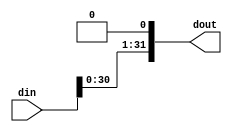
module lshift
    #(
        parameter WIDTH = 32,
        parameter SHAMT = 1
    )
    // non-parameters
    (
        output[WIDTH-1:0] dout,
        input[WIDTH-1:0] din
    );
    
    // concatenates SHAMT constant binary 0s together
    assign dout[SHAMT - 1:0] = {SHAMT{1'b0}};
    // wires up rest of circuit!
    assign dout[WIDTH - 1: SHAMT] = din[WIDTH- 1 - SHAMT:0];
endmodule

module rshift
    #(
        parameter WIDTH = 32,
        parameter SHAMT = 1
    )
    // non-parameters
    (
        input[WIDTH-1:0] din,
        output[WIDTH-1:0] dout
    );
    
    // this assigns exactly SHAMT wires to be sexed (sign extended)
    assign dout[WIDTH-1 : WIDTH - SHAMT] = {SHAMT{din[WIDTH-1]}};
    // wires up rest of shifter!
    assign dout[WIDTH - SHAMT - 1 : 0] = din[WIDTH-1:SHAMT];
endmodule